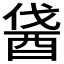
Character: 𨠰